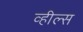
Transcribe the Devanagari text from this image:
व्‍हील्‍स